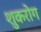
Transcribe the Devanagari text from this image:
शुकरोग